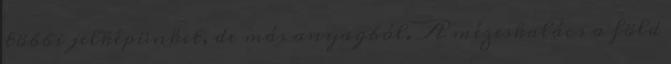
többi jelképünket, de más anyagból. A mézeskalács a föld